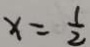
x = \frac { 1 } { 2 }